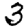
Digit: 3